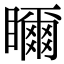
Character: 𥌃